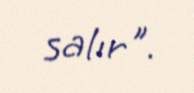
salır".